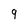
Character: 9